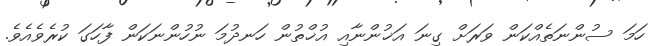
ހަމަ ސުންނަތެއްކަން ވަރަށް ގިނަ އަޚުންނާއި އުޚްތުން ހަނދުމަ ނުހުންނަކަން ފާހަގަ ކުރެވެއެވެ.